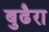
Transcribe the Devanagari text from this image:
बुढैरा